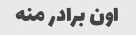
اون برادر منه